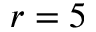
r = 5